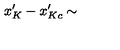
x _ { K } ^ { \prime } - x _ { K c } ^ { \prime } \sim